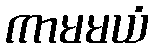
ကာမမယံ